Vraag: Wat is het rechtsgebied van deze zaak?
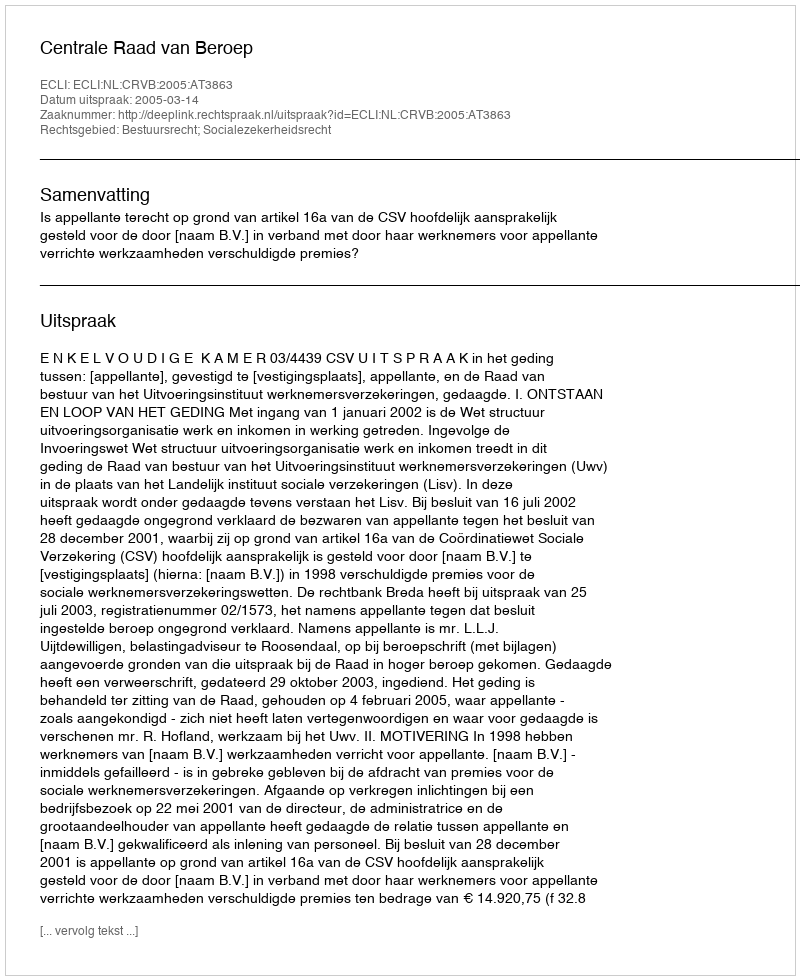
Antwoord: Bestuursrecht; Socialezekerheidsrecht